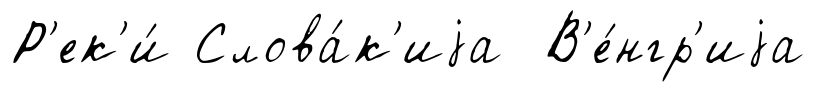
Р'ек'и́ Слова́к'иjа В'е́нгр'иjа